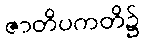
ဇာတိပကတိ၌